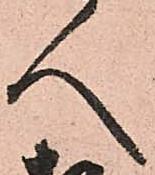
人